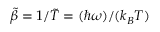
\tilde { \beta } = 1 / \tilde { T } = ( \hbar \omega ) / ( k _ { B } T )